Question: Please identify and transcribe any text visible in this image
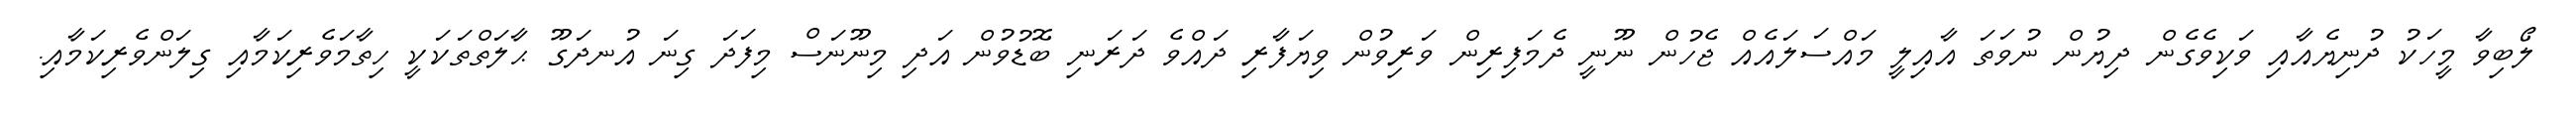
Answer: ލޯބިވާ މީހަކު ދުނިޔެއާއި ވަކިވެގެން ދިޔުން ނުވަތަ އާއިލީ މައްސަލައެއް ޖެހުން ނޫނީ ދެމަފިރިން ވަރިވުން ވިޔަފާރި ދައްވެ ދަރަނި ބޮޑުވުން އަދި މިނޫނަސް މިފަދަ ގިނަ އުނދަގޫ ޙާލަތްތަކަކީ ހިތާމަވެރިކަމާއި ގިލަންވެރިކަމާއި.